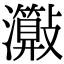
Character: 𤄑